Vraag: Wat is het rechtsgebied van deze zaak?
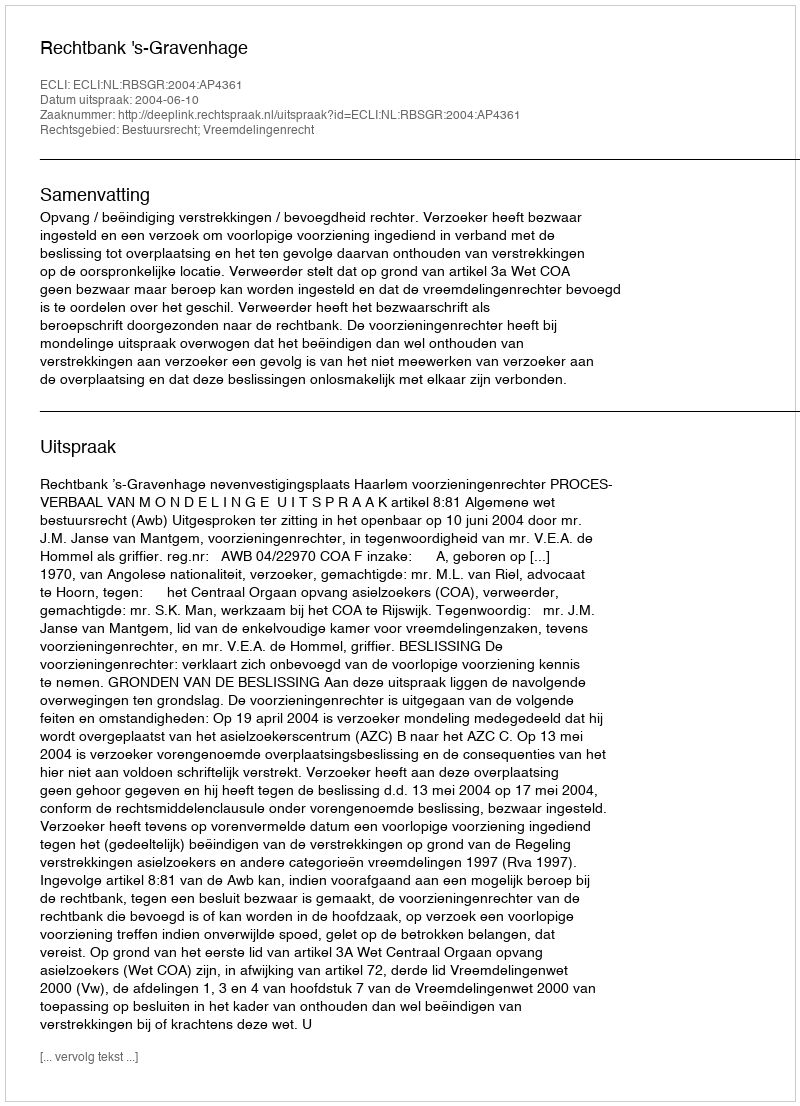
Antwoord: Bestuursrecht; Vreemdelingenrecht